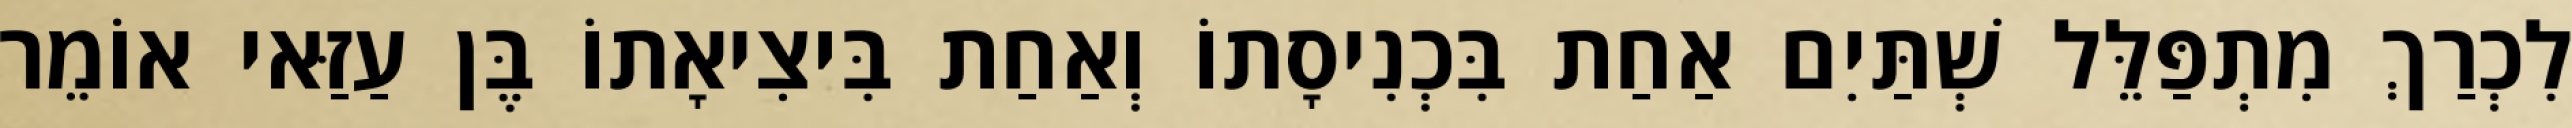
לִכְרַךְ מִתְפַּלֵּל שְׁתַּיִם אַחַת בִּכְנִיסָתוֹ וְאַחַת בִּיצִיאָתוֹ בֶּן עַזַּאי אוֹמֵר